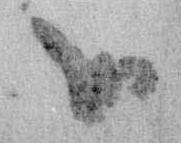
御